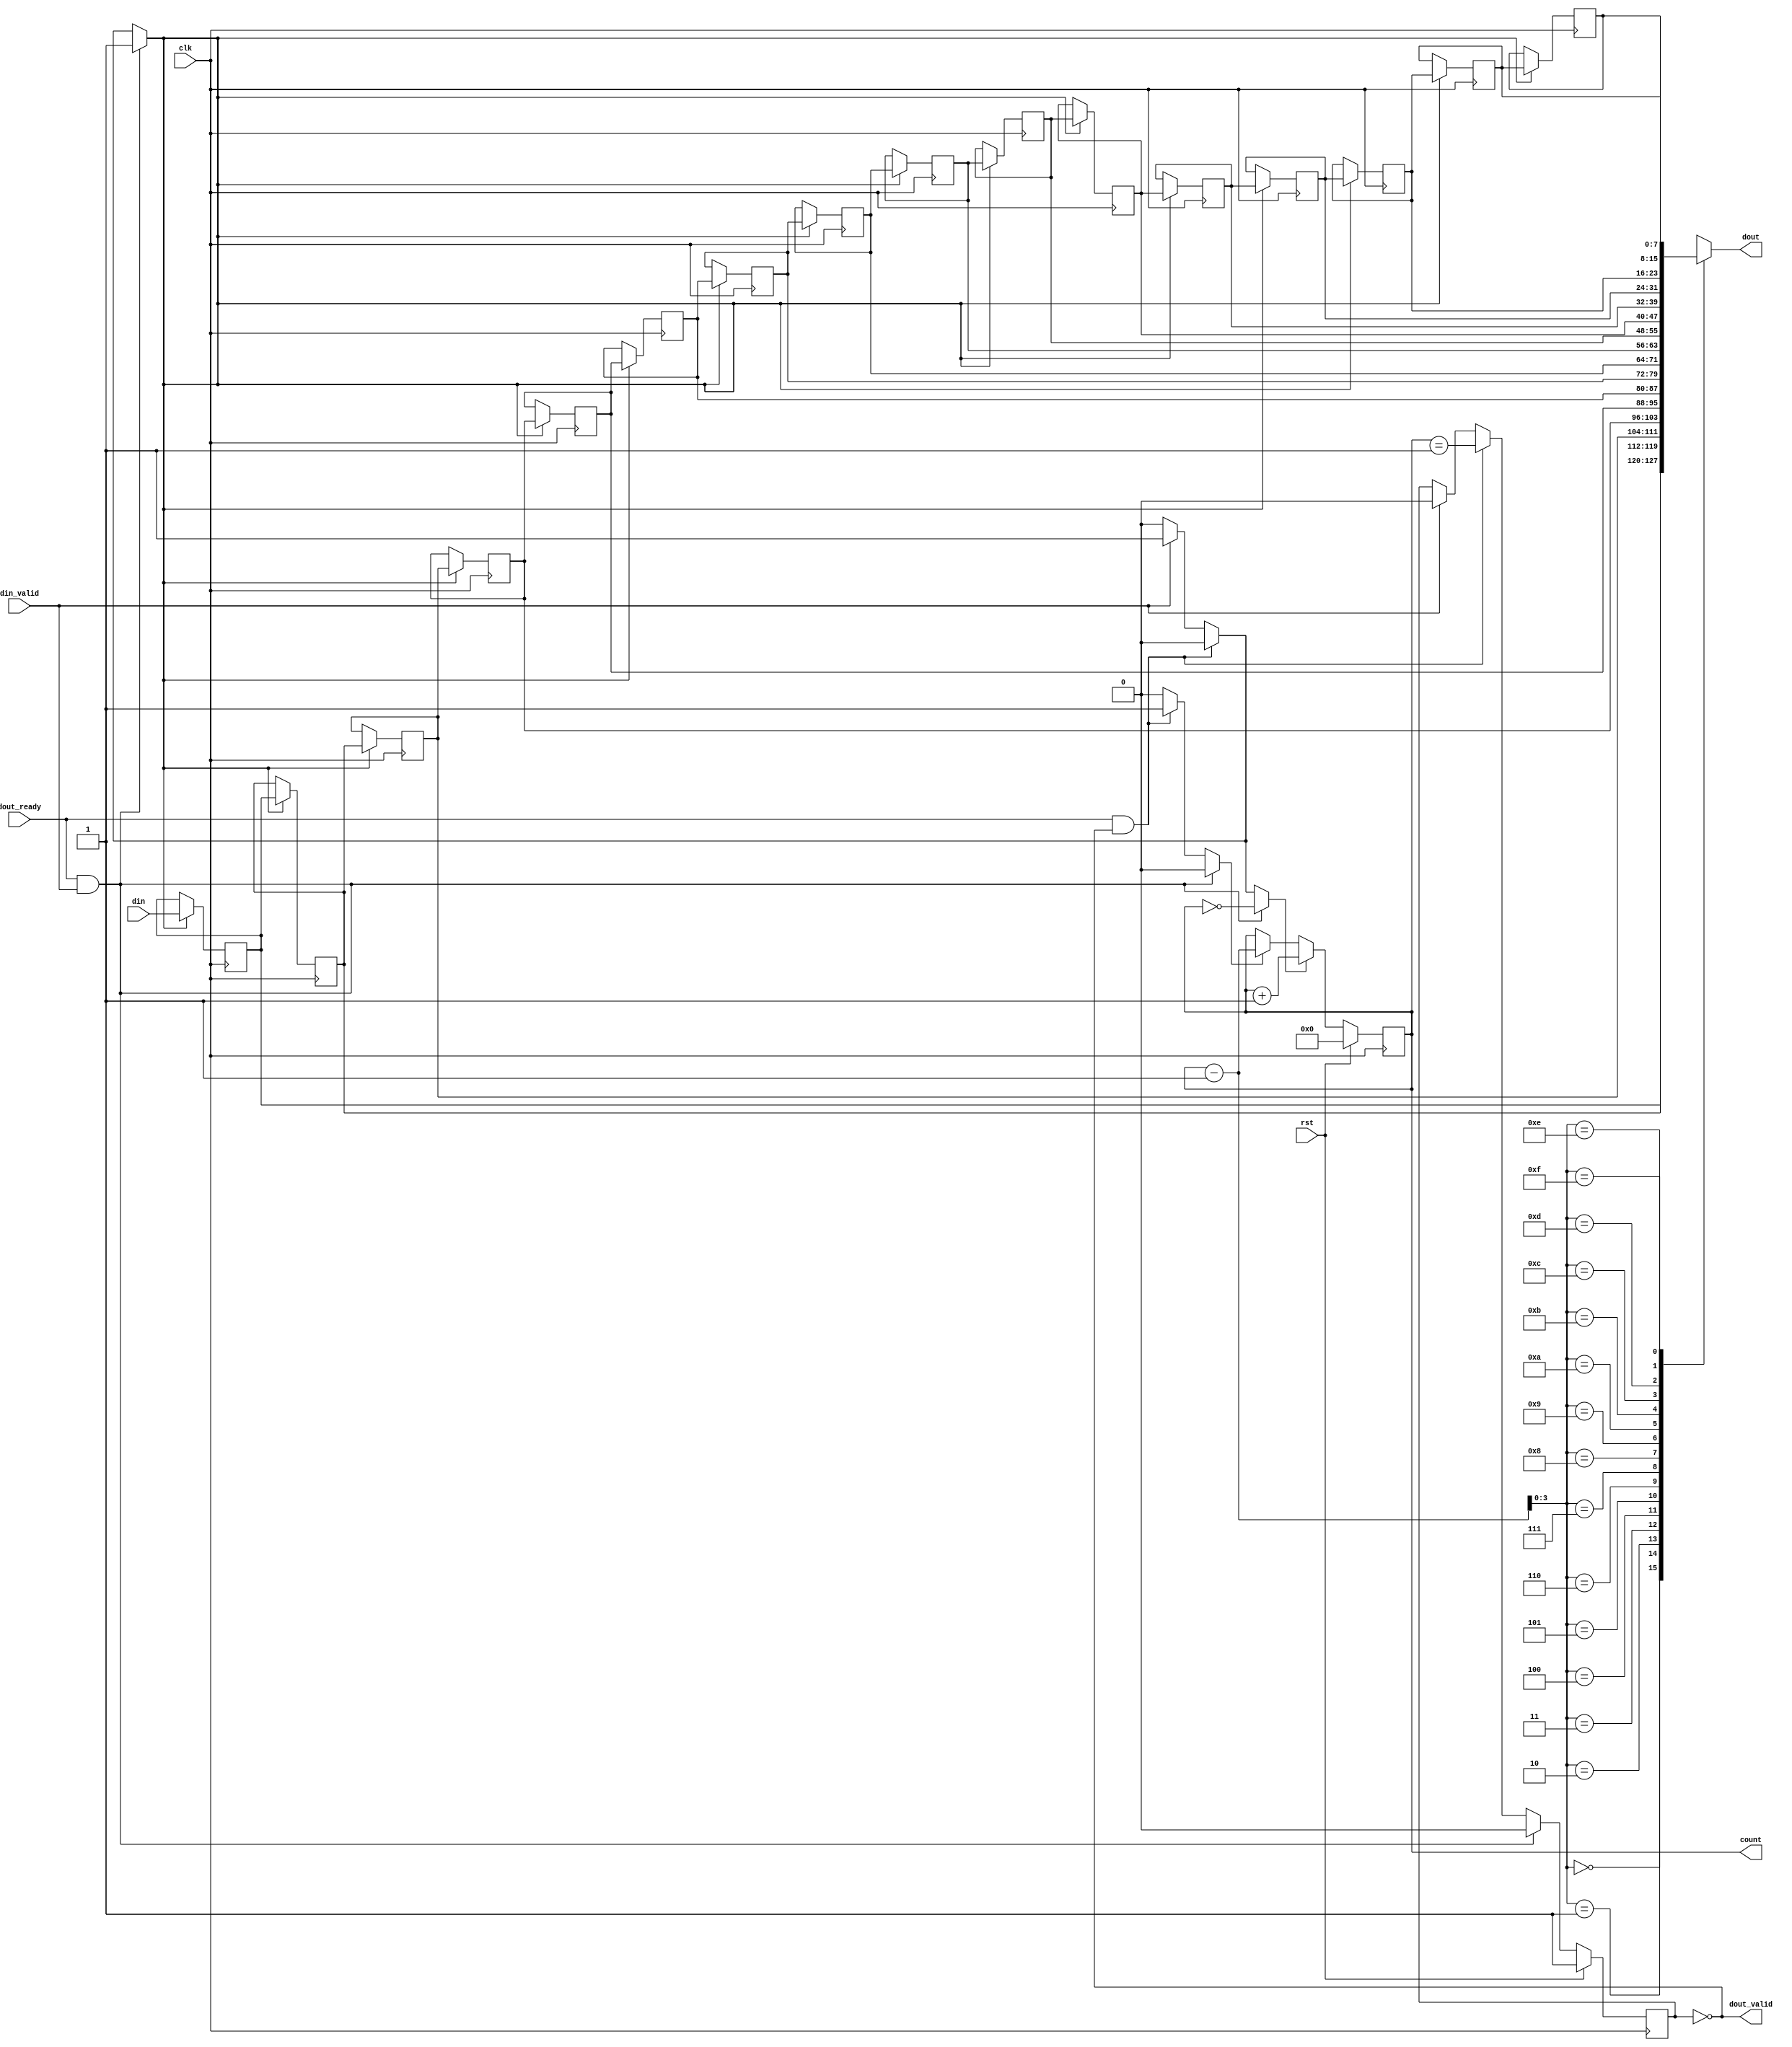
/*

Copyright (c) 2019-2021 Moein Khazraee
Copyright (c) 2014-2018 Alex Forencich

Permission is hereby granted, free of charge, to any person obtaining a copy
of this software and associated documentation files (the "Software"), to deal
in the Software without restriction, including without limitation the rights
to use, copy, modify, merge, publish, distribute, sublicense, and/or sell
copies of the Software, and to permit persons to whom the Software is
furnished to do so, subject to the following conditions:

The above copyright notice and this permission notice shall be included in
all copies or substantial portions of the Software.

THE SOFTWARE IS PROVIDED "AS IS", WITHOUT WARRANTY OF ANY KIND, EXPRESS OR
IMPLIED, INCLUDING BUT NOT LIMITED TO THE WARRANTIES OF MERCHANTABILITY
FITNESS FOR A PARTICULAR PURPOSE AND NONINFRINGEMENT. IN NO EVENT SHALL THE
AUTHORS OR COPYRIGHT HOLDERS BE LIABLE FOR ANY CLAIM, DAMAGES OR OTHER
LIABILITY, WHETHER IN AN ACTION OF CONTRACT, TORT OR OTHERWISE, ARISING FROM,
OUT OF OR IN CONNECTION WITH THE SOFTWARE OR THE USE OR OTHER DEALINGS IN
THE SOFTWARE.

*/

// Language: Verilog 2001

`resetall
`timescale 1ns / 1ps
`default_nettype none

// Based on axis_srl_fifo but without din_ready
module simple_axis_srl_fifo #(
  parameter WIDTH = 8,
  parameter DEPTH = 16
) (
  input  wire                       clk,
  input  wire                       rst,

  input  wire                       din_valid,
  input  wire [WIDTH-1:0]           din,

  output wire                       dout_valid,
  output wire [WIDTH-1:0]           dout,
  input  wire                       dout_ready,

  output wire [$clog2(DEPTH+1)-1:0] count
);

  reg [WIDTH-1:0] data_reg[DEPTH-1:0];
  reg [$clog2(DEPTH+1)-1:0] ptr_reg = 0;
  reg empty_reg = 1'b1, empty_next;

  wire ptr_empty  = ptr_reg == 0;
  wire ptr_empty1 = ptr_reg == 1;
  wire ptr_full   = ptr_reg == DEPTH;
  wire ptr_full1  = ptr_reg == DEPTH-1;

  reg shift;
  reg inc;
  reg dec;

  integer i;

  initial begin
    for (i = 0; i < DEPTH; i = i + 1)
      data_reg[i] <= 0;
  end

  always @* begin
    shift = 1'b0;
    inc = 1'b0;
    dec = 1'b0;
    empty_next = empty_reg;

    if (dout_ready && din_valid) begin
      shift = 1'b1;
      inc = ptr_empty;
      empty_next = 1'b0;
    end else if (dout_ready && dout_valid) begin
      dec = 1'b1;
      empty_next = ptr_empty1;
    end else if (din_valid) begin
      shift = 1'b1;
      inc = 1'b1;
      empty_next = 1'b0;
    end
  end

  always @(posedge clk) begin
    if (inc)
      ptr_reg <= ptr_reg + 1;
    else if (dec)
      ptr_reg <= ptr_reg - 1;
    else
      ptr_reg <= ptr_reg;

    empty_reg <= empty_next;

    if (shift) begin
      data_reg[0] <= din;
      for (i = 0; i < DEPTH-1; i = i + 1)
        data_reg[i+1] <= data_reg[i];
    end

    if (rst) begin
      ptr_reg <= 0;
      empty_reg <= 1'b1;
    end
  end

  assign dout = data_reg[ptr_reg-1];
  assign dout_valid = !empty_reg;
  assign count = ptr_reg;

endmodule


module axis_slr_register_source #(
  parameter WIDTH = 8
) (
  input  wire             clk,
  input  wire             rst,

  input  wire             din_valid,
  input  wire [WIDTH-1:0] din,
  output wire             din_ready,

  output wire             dout_valid,
  output wire [WIDTH-1:0] dout,
  input  wire             dout_ready
);

  (* USER_SLL_REG="true" *)                     reg  sll_valid   = 1'b0;
  (* USER_SLL_REG="true", shreg_extract="no" *) reg  [WIDTH-1:0] sll_data;
  (* USER_SLL_REG="true", keep="true" *)        reg  sll_ready   = 1'b0;
  (* keep="true" *)                             reg  sll_ready_r = 1'b0;

  // Register input, including ready signal
  always @(posedge clk) begin
    sll_data    <= din;
    sll_valid   <= din_valid & sll_ready_r;
    sll_ready   <= dout_ready;
    sll_ready_r <= sll_ready;

    if (rst)
      sll_ready_r <= 1'b0;
  end

  assign dout_valid = sll_valid;
  assign dout       = sll_data;
  assign din_ready  = sll_ready_r;

endmodule


module axis_slr_register_dest #(
  parameter WIDTH = 8,
  parameter DEPTH = 16
) (
  // System Signals
  input  wire             clk,
  input  wire             rst,

  // Slave side
  input  wire             din_valid,
  input  wire [WIDTH-1:0] din,
  output wire             din_ready,

  // Master side
  output wire             dout_valid,
  output wire [WIDTH-1:0] dout,
  input  wire             dout_ready
);

  // Make sure SLL Registers are used for crossing SLR boundary
  (* USER_SLL_REG="true" *)                     reg  sll_valid = 1'b0;
  (* USER_SLL_REG="true", shreg_extract="no" *) reg  [WIDTH-1:0] sll_data;
  (* USER_SLL_REG="true", keep="true" *)        reg  sll_ready = 1'b0;

  // If FIFO is empty or downstream can accept we ready the input to avoid overflow
  always @(posedge clk) begin
    sll_ready <= dout_ready | ~dout_valid;
    sll_data  <= din;
    sll_valid <= din_valid;
  end

  wire dout_ready_n;

  simple_axis_srl_fifo #(
    .WIDTH (WIDTH),
    .DEPTH (DEPTH)
  ) srl_fifo (
    .clk        (clk),
    .rst        (rst),

    .din        (sll_data),
    .din_valid  (sll_valid),

    .dout       (dout),
    .dout_valid (dout_valid),
    .dout_ready (dout_ready_n),

    .count      ()
  );

  assign din_ready    = sll_ready;
  assign dout_ready_n = dout_ready & dout_valid;


endmodule


module axis_slr_register #(
  // Width of AXI stream interfaces in bits
  parameter DATA_WIDTH = 8,
  // Propagate tkeep signal
  parameter KEEP_ENABLE = (DATA_WIDTH>8),
  // tkeep signal width (words per cycle)
  parameter KEEP_WIDTH = ((DATA_WIDTH+7)/8),
  // Propagate tlast signal
  parameter LAST_ENABLE = 1,
  // Propagate tid signal
  parameter ID_ENABLE = 0,
  // tid signal width
  parameter ID_WIDTH = 8,
  // Propagate tdest signal
  parameter DEST_ENABLE = 0,
  // tdest signal width
  parameter DEST_WIDTH = 8,
  // Propagate tuser signal
  parameter USER_ENABLE = 1,
  // tuser signal width
  parameter USER_WIDTH = 1,
  // FIFO depth in cycles
  parameter FIFO_DEPTH = 16
) (
  input  wire                  clk,
  input  wire                  rst,

  /*
   * AXI input
   */
  input  wire [DATA_WIDTH-1:0] s_axis_tdata,
  input  wire [KEEP_WIDTH-1:0] s_axis_tkeep,
  input  wire                  s_axis_tvalid,
  output wire                  s_axis_tready,
  input  wire                  s_axis_tlast,
  input  wire [ID_WIDTH-1:0]   s_axis_tid,
  input  wire [DEST_WIDTH-1:0] s_axis_tdest,
  input  wire [USER_WIDTH-1:0] s_axis_tuser,

  /*
   * AXI output
   */
  output wire [DATA_WIDTH-1:0] m_axis_tdata,
  output wire [KEEP_WIDTH-1:0] m_axis_tkeep,
  output wire                  m_axis_tvalid,
  input  wire                  m_axis_tready,
  output wire                  m_axis_tlast,
  output wire [ID_WIDTH-1:0]   m_axis_tid,
  output wire [DEST_WIDTH-1:0] m_axis_tdest,
  output wire [USER_WIDTH-1:0] m_axis_tuser
);

  // Merge AXIS data signals
  localparam KEEP_OFFSET = DATA_WIDTH;
  localparam LAST_OFFSET = KEEP_OFFSET + (KEEP_ENABLE ? KEEP_WIDTH : 0);
  localparam ID_OFFSET   = LAST_OFFSET + (LAST_ENABLE ? 1          : 0);
  localparam DEST_OFFSET = ID_OFFSET   + (ID_ENABLE   ? ID_WIDTH   : 0);
  localparam USER_OFFSET = DEST_OFFSET + (DEST_ENABLE ? DEST_WIDTH : 0);
  localparam WIDTH       = USER_OFFSET + (USER_ENABLE ? USER_WIDTH : 0);

  wire [WIDTH-1:0] s_axis,  m_axis;
  wire             s_valid, m_valid;
  wire             s_ready, m_ready;

  generate
    assign s_axis[DATA_WIDTH-1:0] = s_axis_tdata;
    if (KEEP_ENABLE) assign s_axis[KEEP_OFFSET +: KEEP_WIDTH] = s_axis_tkeep;
    if (LAST_ENABLE) assign s_axis[LAST_OFFSET]               = s_axis_tlast;
    if (ID_ENABLE)   assign s_axis[ID_OFFSET   +: ID_WIDTH]   = s_axis_tid;
    if (DEST_ENABLE) assign s_axis[DEST_OFFSET +: DEST_WIDTH] = s_axis_tdest;
    if (USER_ENABLE) assign s_axis[USER_OFFSET +: USER_WIDTH] = s_axis_tuser;
  endgenerate

  assign m_axis_tdata = m_axis[DATA_WIDTH-1:0];
  assign m_axis_tkeep = KEEP_ENABLE ? m_axis[KEEP_OFFSET +: KEEP_WIDTH] : {KEEP_WIDTH{1'b1}};
  assign m_axis_tlast = LAST_ENABLE ? m_axis[LAST_OFFSET]               : 1'b1;
  assign m_axis_tid   = ID_ENABLE   ? m_axis[ID_OFFSET   +: ID_WIDTH]   : {ID_WIDTH{1'b0}};
  assign m_axis_tdest = DEST_ENABLE ? m_axis[DEST_OFFSET +: DEST_WIDTH] : {DEST_WIDTH{1'b0}};
  assign m_axis_tuser = USER_ENABLE ? m_axis[USER_OFFSET +: USER_WIDTH] : {USER_WIDTH{1'b0}};

  assign s_valid       = s_axis_tvalid;
  assign m_ready       = m_axis_tready;
  assign m_axis_tvalid = m_valid;
  assign s_axis_tready = s_ready;

  wire [WIDTH-1:0] slr_axis;
  wire             slr_valid;
  wire             slr_ready;

  // Seperate source and destination to enable assigning to pblocks accross SLR boundary
  axis_slr_register_source #(
    .WIDTH (WIDTH)
  ) slr_source (
    .clk        (clk),
    .rst        (rst),

    .din        (s_axis),
    .din_valid  (s_valid),
    .din_ready  (s_ready),

    .dout       (slr_axis),
    .dout_valid (slr_valid),
    .dout_ready (slr_ready)
  );

  axis_slr_register_dest #(
    .WIDTH (WIDTH),
    .DEPTH (FIFO_DEPTH)
  ) slr_dest (
    .clk        (clk),
    .rst        (rst),

    .din        (slr_axis),
    .din_valid  (slr_valid),
    .din_ready  (slr_ready),

    .dout       (m_axis),
    .dout_valid (m_valid),
    .dout_ready (m_ready)
  );

endmodule

`resetall